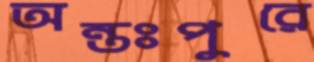
অন্তঃপুরে